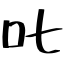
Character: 𠮟